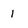
Character: 1